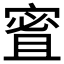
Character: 𪧠